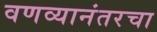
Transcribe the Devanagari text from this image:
वणव्यानंतरचा